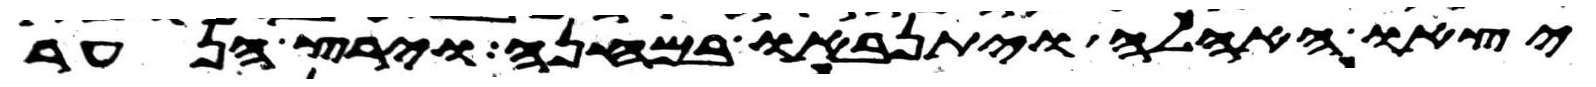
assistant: יצאו האהלה ויתנאבו במחנה וירץ הנער